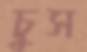
চুস